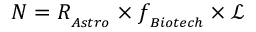
N = R _ { _ { A s t r o } } \times f _ { _ { B i o t e c h } } \times \mathcal { L }